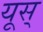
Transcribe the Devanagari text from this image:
यूस्